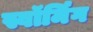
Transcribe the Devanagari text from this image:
स्वॉर्मिंग